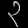
Digit: ၃